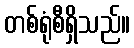
တစ်ရုံစီရှိသည်။